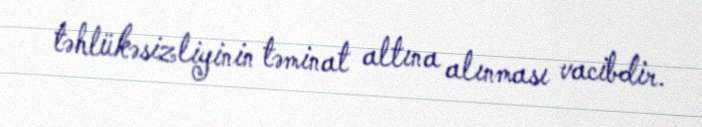
təhlükəsizliyinin təminat altına alınması vacibdir.